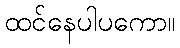
ထင်နေပါပကော။